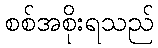
စစ်အစိုးရသည်